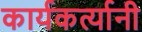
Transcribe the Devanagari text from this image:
कार्यकर्त्‍यानी